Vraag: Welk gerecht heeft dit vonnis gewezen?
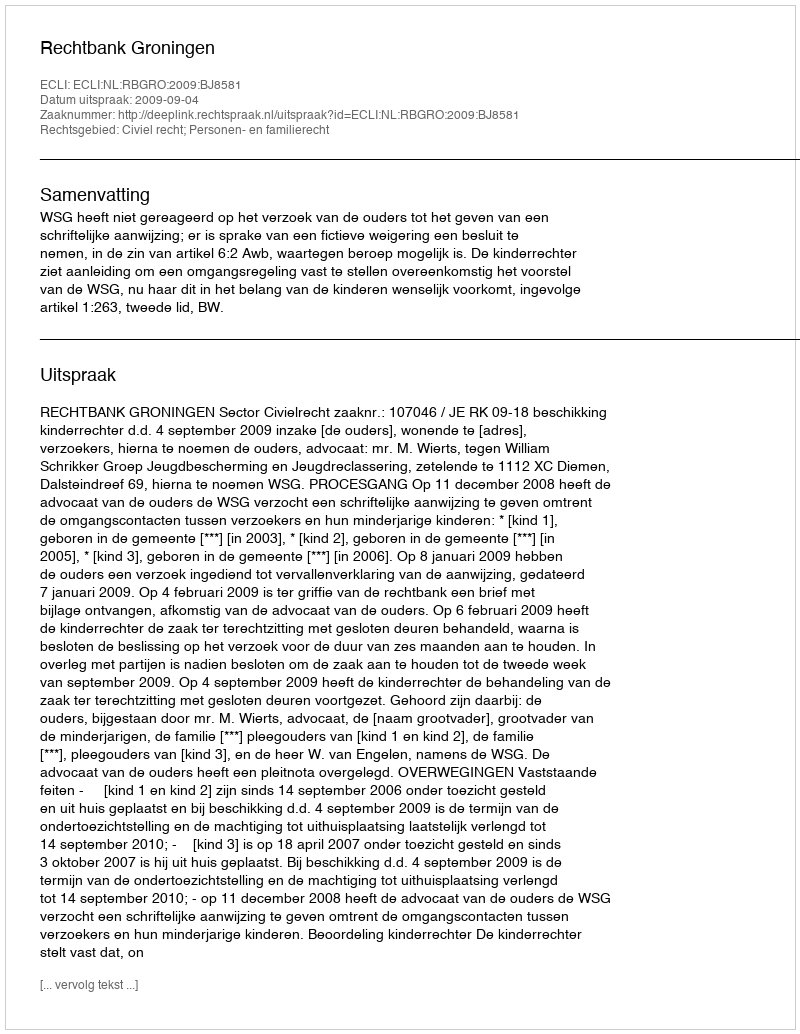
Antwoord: Rechtbank Groningen